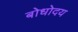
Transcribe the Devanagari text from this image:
बोधोदय